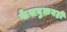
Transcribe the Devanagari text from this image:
फेसबुकवही